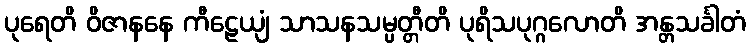
ပုရေတိ ဝိဇာနနေ ကီဠေယျံ သာသနသမ္ပတ္တီတိ ပုရိသပုဂ္ဂလောတိ အန္တသင်္ခါတံ